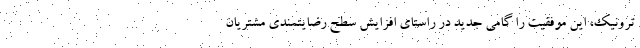
ترونیک، این موفقیت را گامی جدید در راستای افزایش سطح رضایتمندی مشتریان